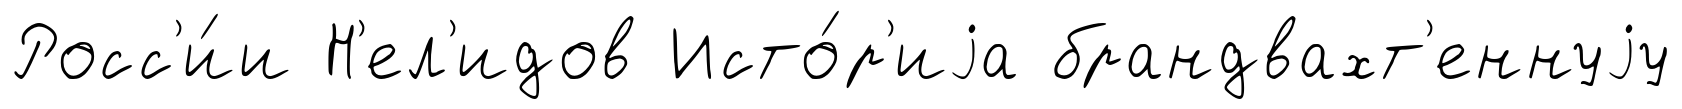
Росс'и́и Н'ел'идов Исто́р'иjа брандвахт'еннуjу